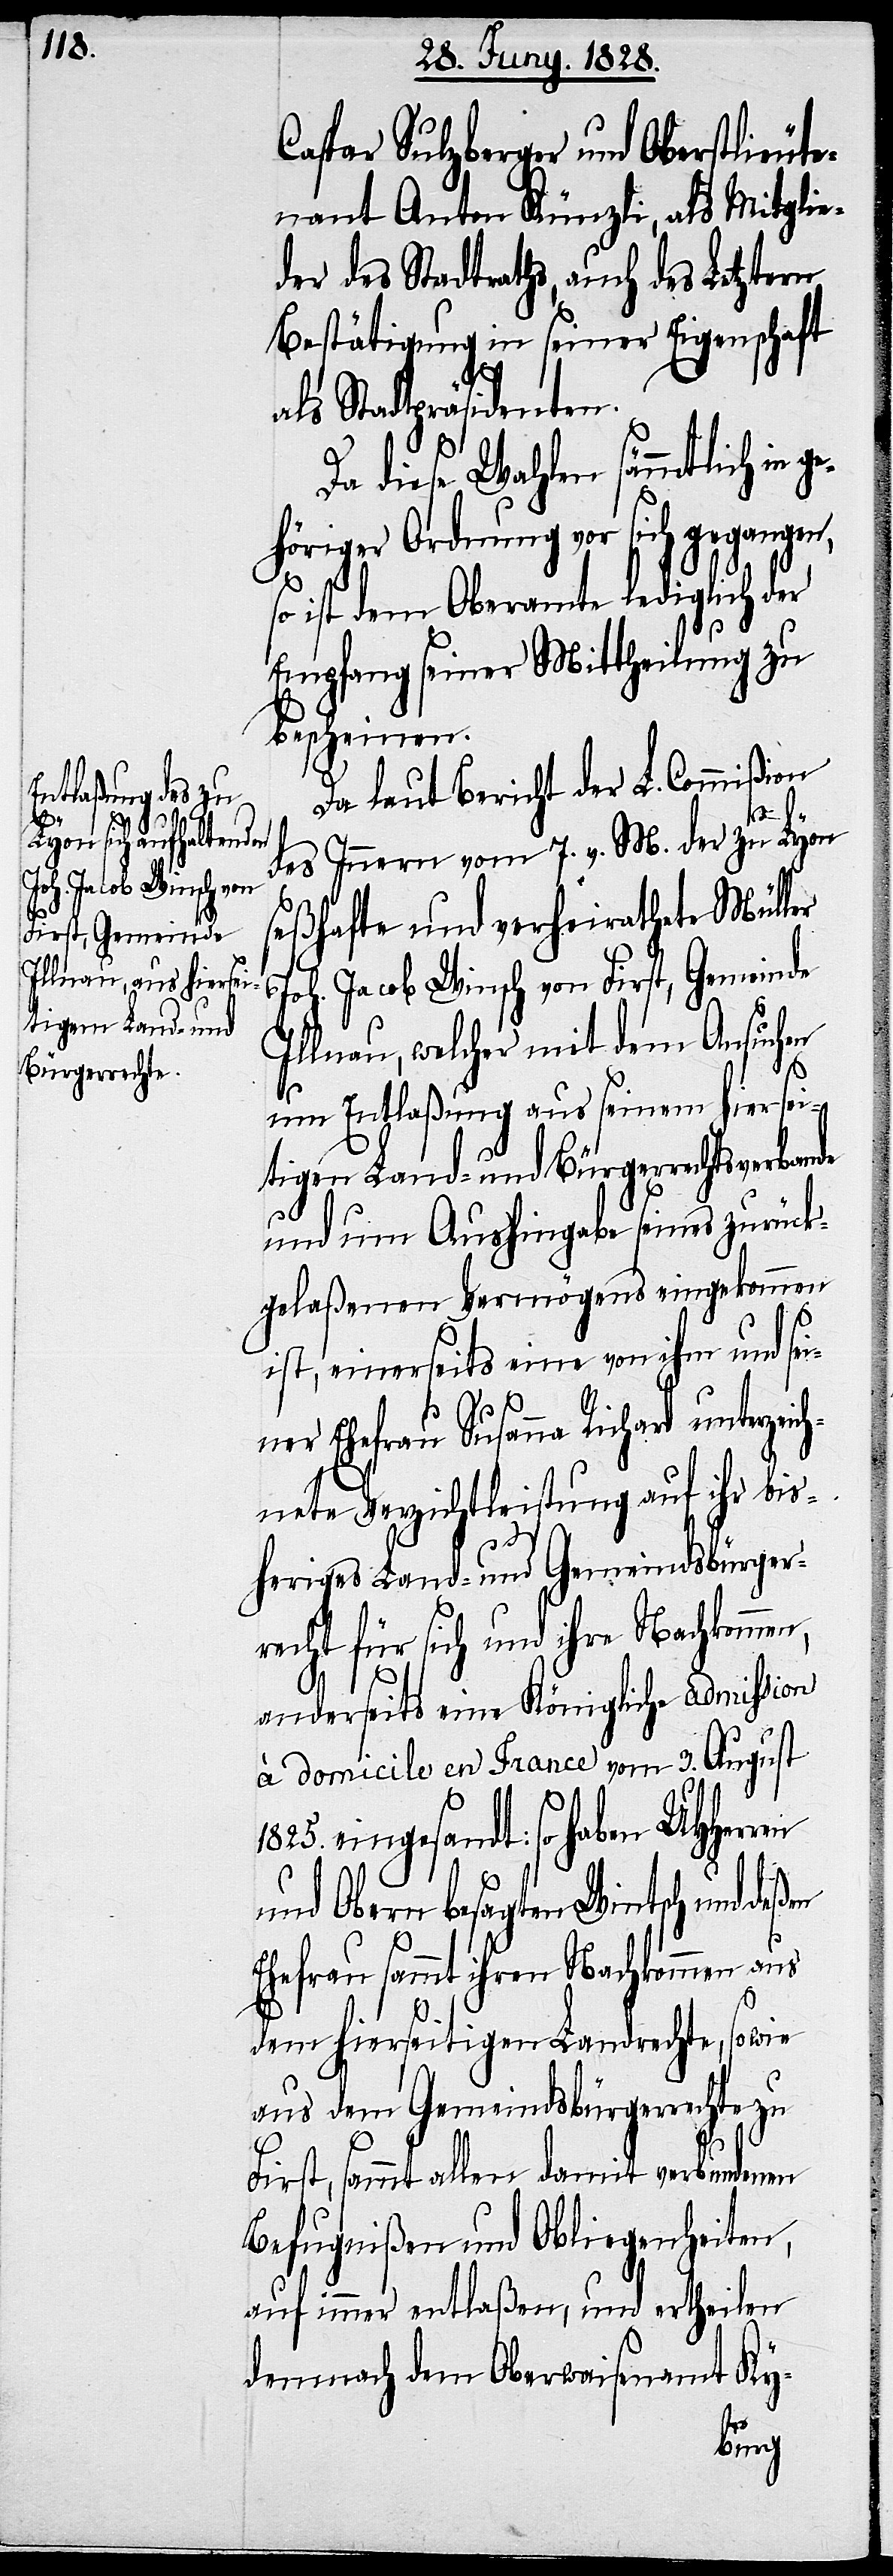
ge¬

Caspar Sulzberger und Oberstlieute¬
nant Anton Künzli, als Mitglie¬
der des Stadtraths, auch des Letztern
Bestätigung in seiner Eigenschaft
als Stadtpräsidenten.
Da diese Wahlen sämmtlich in
höriger Ordnung vor sich gegangen,
so ist dem Oberamte lediglich der
Empfang seiner Mittheilung zu
bescheinen.
Da laut Bericht der L. Commißion
des Innern vom 7. v. M. der zu Lyon
seßhafte und verheirathete Müller
Joh. Jacob Winsch von First, Gemeinde
Illnau, welcher mit dem Ansuchen
um Entlaßung aus seinem hiersei¬
tigen Land- und Bürgerrechtsverbande
und um Aushingabe seines zurück¬
gelaßenen Vermögens eingekommen
ist, einerseits eine von ihm und sei¬
ner Ehefrau Susanna Richard unterzei¬
chnete Verzichtleistung auf ihr bis¬
heriges Land- und Gemeindsbürger¬
recht für sich und ihre Nachkommen,
anderseits eine Königliche admission
à domicile en France vom 3. August
1825. eingesandt: so haben
und Obern besagten Wintsch und de¬
ßen
Ehefrau sammt ihren Nachkommen aus
dem hierseitigen Landrechte, so wie
aus dem Gemeindsbürgerrechte zu
First, sammt allen damit verbundenen
Befugnißen und Obliegenheiten,
auf immer entlaßen, und ertheilen
demnach dem Oberwaisenamt Ky-